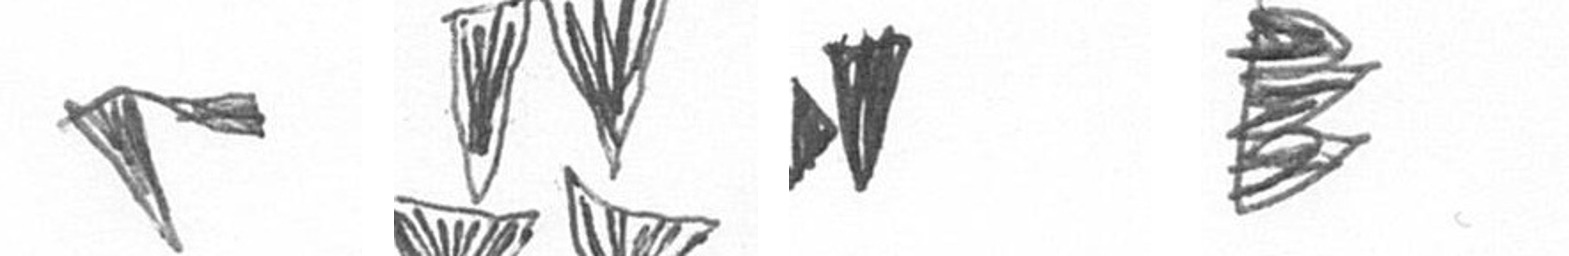
F B M H